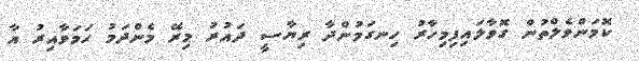
ކޮމަންވެލްތުން ގޮވާލައިފިމިހާރު ހިނގަމުންދާ ރިޔާސީ ދައުރު މިރޭ މެންދަމު ހަމަވާއިރު އާ